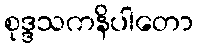
စုဒ္ဒသကနိပါတော